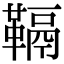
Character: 䩹